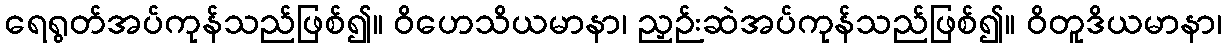
ရေရွတ်အပ်ကုန်သည်ဖြစ်၍။ ဝိဟေသိယမာနာ၊ ညှဉ်းဆဲအပ်ကုန်သည်ဖြစ်၍။ ဝိတူဒိယမာနာ၊